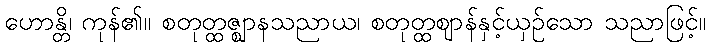
ဟောန္တိ၊ ကုန်၏။ စတုတ္ထဇ္ဈာနသညာယ၊ စတုတ္ထဈာန်နှင့်ယှဉ်သော သညာဖြင့်။